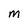
Character: M